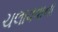
ચલાવવાના